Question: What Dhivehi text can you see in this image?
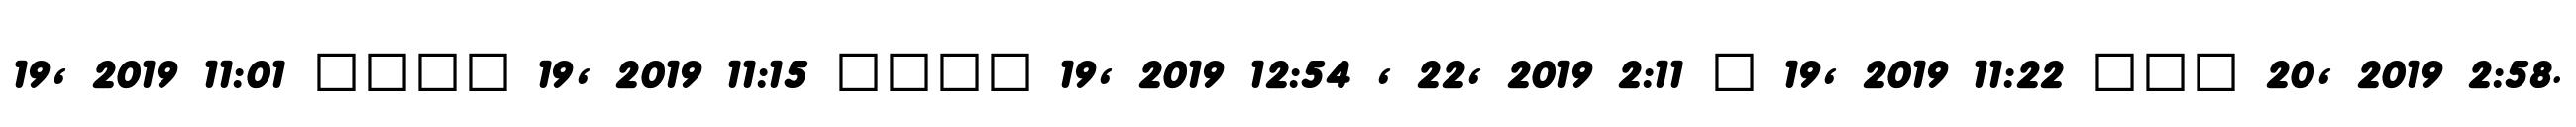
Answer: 19, 2019 11:01 ???? 19, 2019 11:15 ???? 19, 2019 12:54 , 22, 2019 2:11 ? 19, 2019 11:22 ??? 20, 2019 2:58.